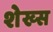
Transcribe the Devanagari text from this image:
शेख्स